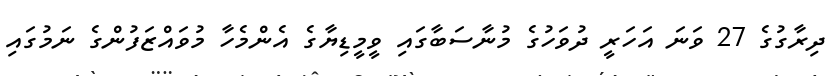
ދިރާގުގެ 27 ވަނަ އަހަރީ ދުވަހުގެ މުނާސަބާގައި ވީމީޑިޔާގެ އެންމެހާ މުވައްޒަފުންގެ ނަމުގައި